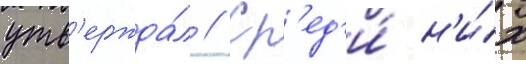
утв'ержда́л // Ср'ед'и́ н'и́х